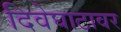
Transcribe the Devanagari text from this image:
दिवेघाटावर